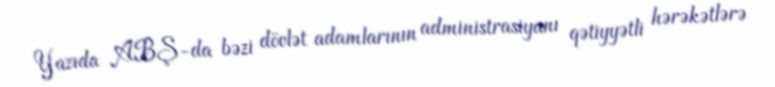
Yazıda ABŞ-da bəzi dövlət adamlarının administrasiyanı qətiyyətli hərəkətlərə